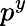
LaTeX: p^{y}